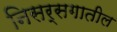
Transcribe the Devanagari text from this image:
निसर्सगातील